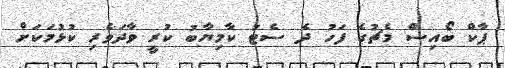
ޕާކް ބޯއިސް މެޗުގެ ފަހު ދެ ސެޓު ކާމިޔާބު ކުރީ ވާދަވެރި ކުޅުމަކަށް